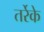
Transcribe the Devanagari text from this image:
तर्रेके